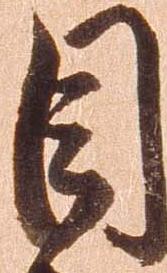
目